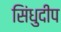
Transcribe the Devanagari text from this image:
सिंधुदीप